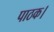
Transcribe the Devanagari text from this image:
पाठक।